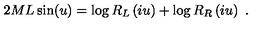
2 M L \sin ( u ) = \log R _ { L } \left( i u \right) + \log R _ { R } \left( i u \right) \ .